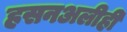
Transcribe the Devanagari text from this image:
हसनअलीही